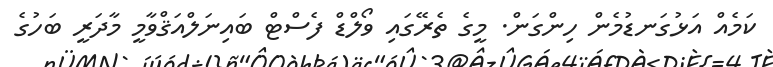
ކަމެއް އަޅުގަނޑުމެން ހިންގަން. މީގެ ތެރޭގައި ވޯލްޑް ފެސްޓް ބައިނަލްއަޤްވާމީ މާދަރީ ބަހުގެ